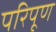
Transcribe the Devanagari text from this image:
परिपूण